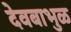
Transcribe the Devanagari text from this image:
देवबाभुळ